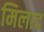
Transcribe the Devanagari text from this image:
मिलाद